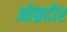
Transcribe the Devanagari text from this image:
ओब्रदोर